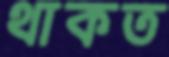
থাকত